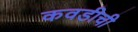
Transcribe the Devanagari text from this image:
कवडीची